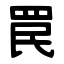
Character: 罠